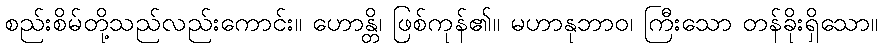
စည်းစိမ်တို့သည်လည်းကောင်း။ ဟောန္တိ၊ ဖြစ်ကုန်၏။ မဟာနုဘာဝ၊ ကြီးသော တန်ခိုးရှိသော။